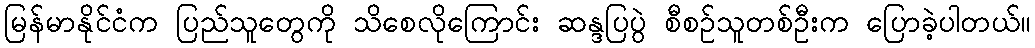
မြန်မာနိုင်ငံက ပြည်သူတွေကို သိစေလိုကြောင်း ဆန္ဒပြပွဲ စီစဉ်သူတစ်ဦးက ပြောခဲ့ပါတယ်။